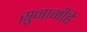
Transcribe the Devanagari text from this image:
सुनामीहै